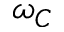
\omega _ { C }